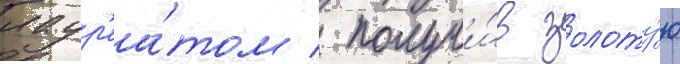
лаур'еа́том / получи́в золоту́ю